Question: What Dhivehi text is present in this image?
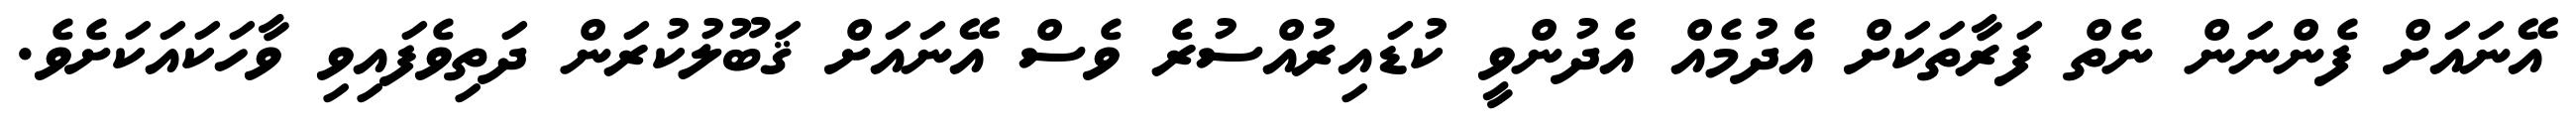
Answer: އޭނައަށް ފެންނަން ނެތް ފަރާތަކަށް އެދުމެއް އެދުންވީ ކުޑައިރުއްސުރެ ވެސް އޭނައަށް ޤަބޫލުކުރަން ދަތިވެފައިވި ވާހަކައަކަށެވެ.